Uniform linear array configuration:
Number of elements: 12
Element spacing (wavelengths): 0.5
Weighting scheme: uniform
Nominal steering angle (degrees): -30
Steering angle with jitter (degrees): -28.044
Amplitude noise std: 0.05
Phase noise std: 0.05

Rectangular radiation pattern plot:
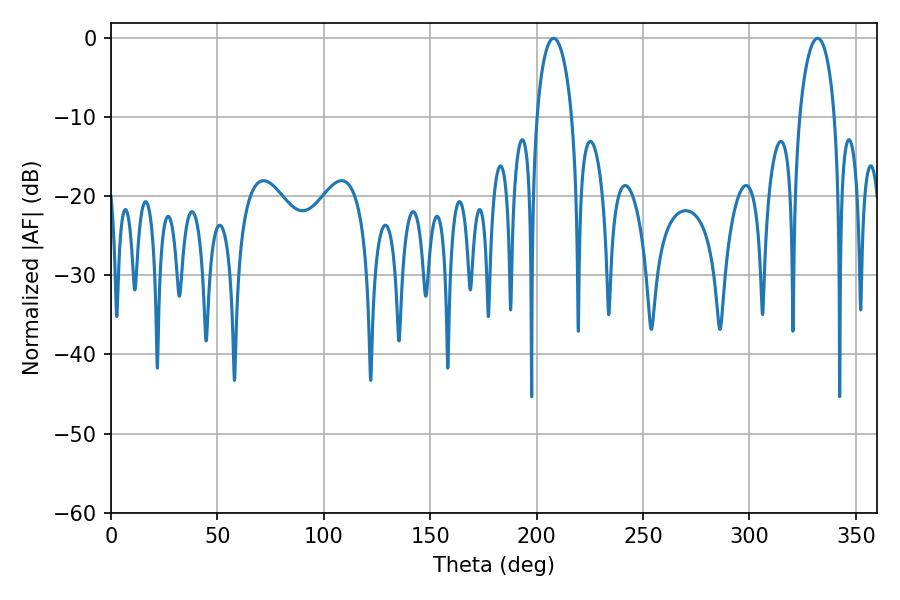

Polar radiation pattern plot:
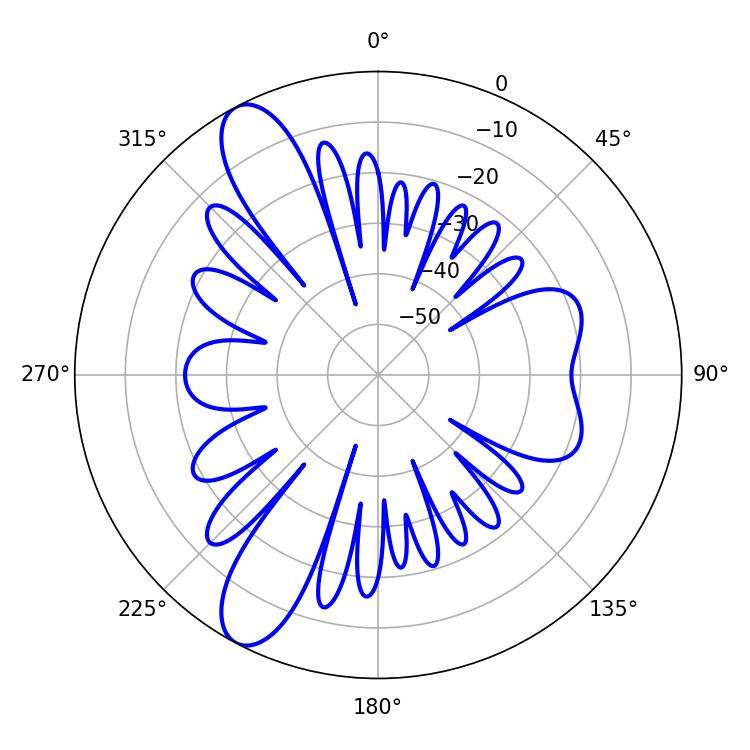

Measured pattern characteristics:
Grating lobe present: FALSE
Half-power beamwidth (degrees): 9.36
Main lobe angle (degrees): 207.9